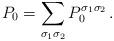
LaTeX: \begin{align*}P_0 = \sum_{\sigma_1 \sigma_2} P_0^{\sigma_1 \sigma_2}\,.\end{align*}